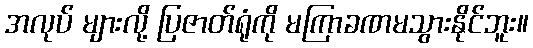
အလုပ် များလို့ ပြဇာတ်ရုံကို မကြာခဏမသွားနိုင်ဘူး။